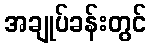
အချုပ်ခန်းတွင်